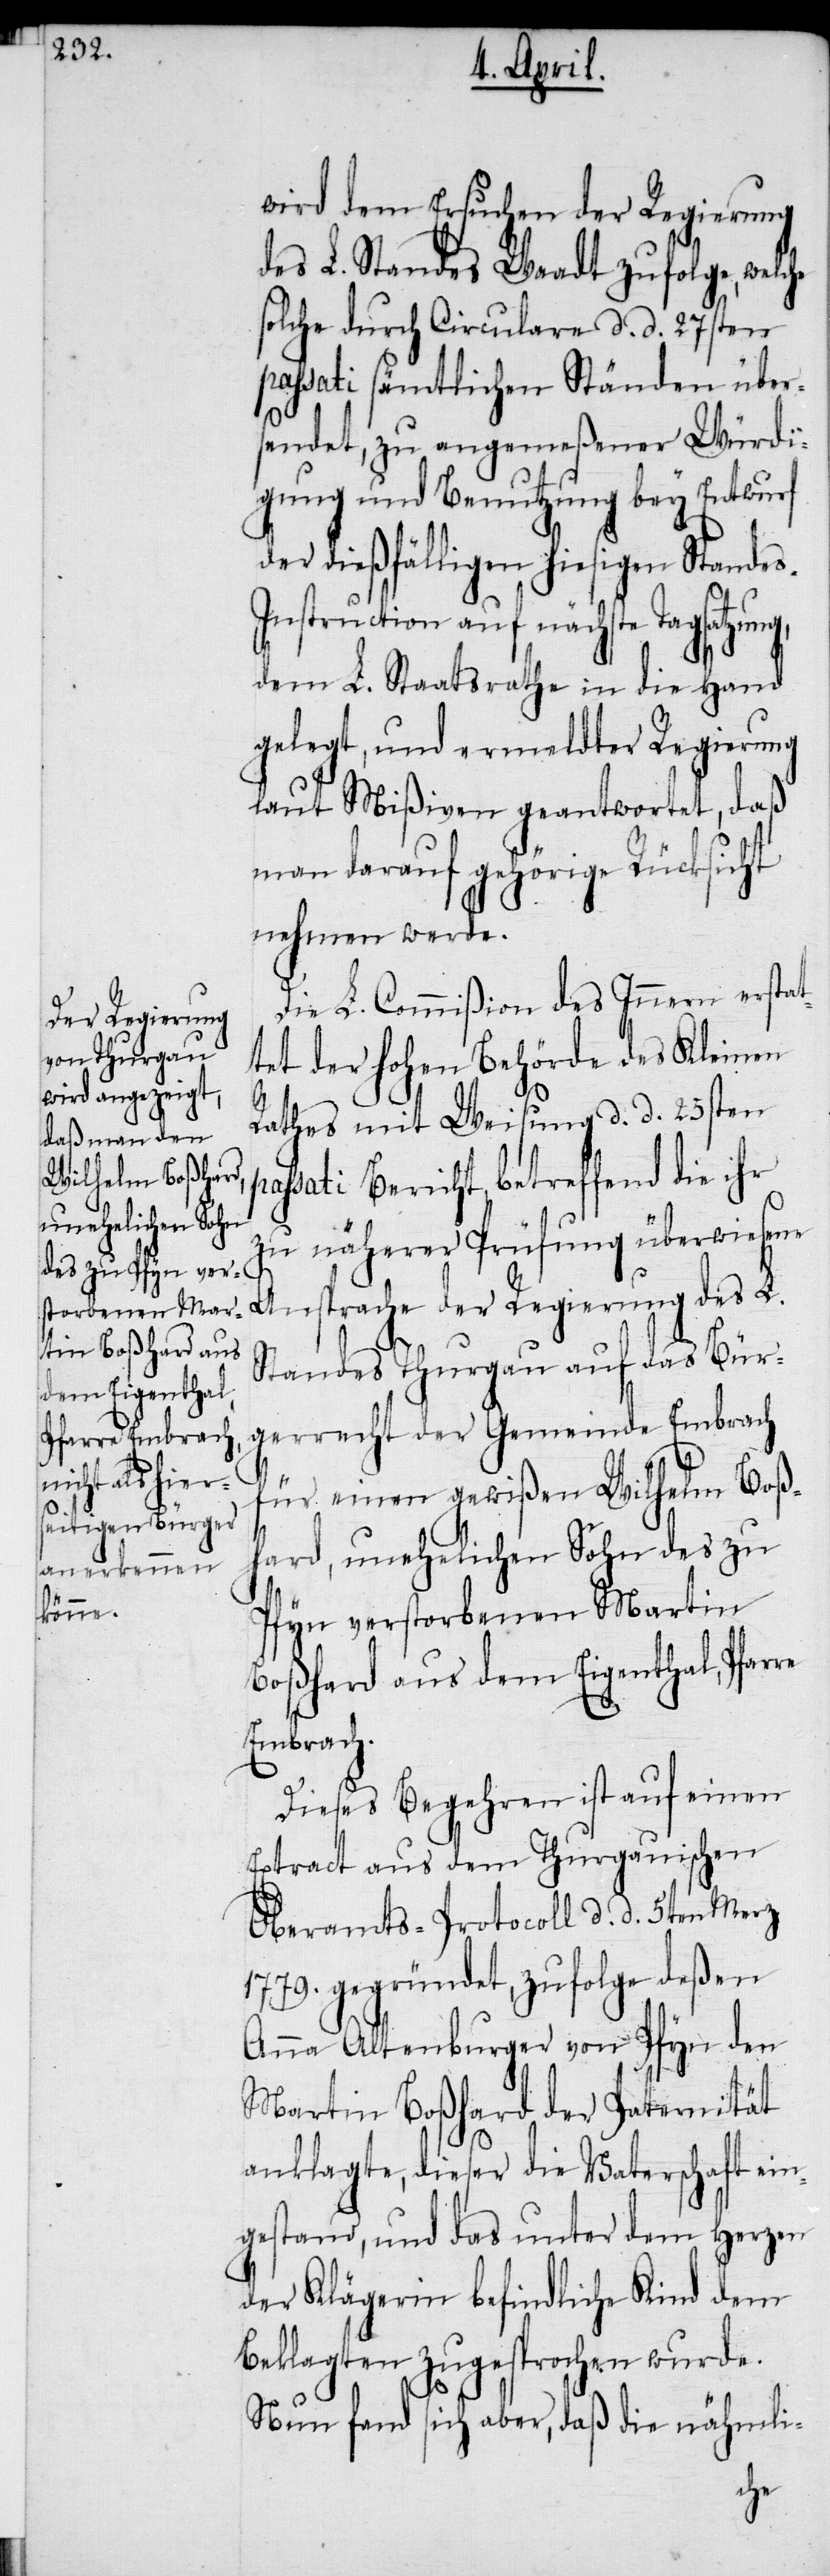
wird dem Ersuchen der Regierung
des L. Standes Waadt zufolge, welche
solche durch Circulare d. d. 27sten
passati sämtlichen Ständen über¬
sendet, zu angemeßener Würdi¬
gung und Benutzung bey Entwurf
der dießfälligen hiesigen Stande¬
nstruction auf nächste Tagsatzun¬
dem L. Staatsrathe in die Hand
gelegt, und ermeldter Regierung
laut Mißiven geantwortet, daß
man darauf gehörige Rücksicht
nehmen werde.
Die L. Commißion des Innern erstat¬
tet der hohen Behörde des Kleinen
Rathes mit Weisung d. d. 25sten
ssati Bericht, betreffend die ihr
zu näherer Prüfung überwiesene
Ansprache der Regierung des L.
Standes Thurgau auf das Bür¬
gerrecht der Gemeinde Embrach
für einen gewißen Wilhelm Boß¬
hard, unehelichen Sohn des zu
Pfyn verstorbenen Martin
Boßhard aus dem Eigenthal, Pfarre
Embrach.
Dieses Begehren ist auf einen
Extract aus dem Thurgauischen
Oberamts-Protocoll d. d. 5ten Merz
1779. gegründet, zufolge deßen
Anna Altenburger von Pfyn den
Martin Boßhard der Paternität
anklagte, dieser die Vaterschaft ein¬
gestand, und das unter dem Herzen
der Klägerin befindliche Kind dem
Beklagten zugesprochen wurde.
Nun fand sich aber, daß die nähmli-
pa¬